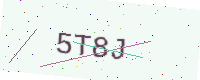
Text: 5T8J